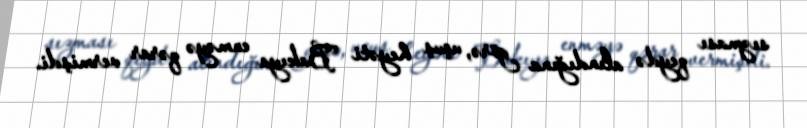
sızması qeydə alındığına görə, uçuş heyəti Bakıya enməyə qərar vermişdi.